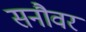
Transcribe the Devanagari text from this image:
सनौवर